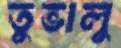
তুভালু